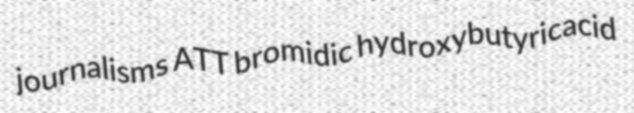
journalisms ATT bromidic hydroxybutyricacid